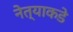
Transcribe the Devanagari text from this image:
नेत्याकडे